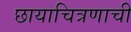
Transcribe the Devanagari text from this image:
छायाचित्रणाची